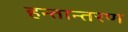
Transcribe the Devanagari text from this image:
हन्तान्तरण